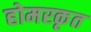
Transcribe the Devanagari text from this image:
होमरकृत